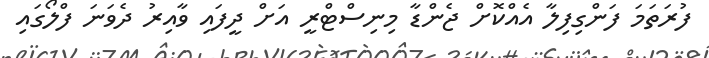
ފުރަތަމަ ފަންގިފިލާ އެއްކޮށް ޖެންޑާ މިނިސްޓްރީ އަށް ދީފައި ވާއިރު ދެވަނަ ފްލޯގައި